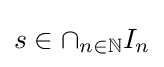
s\in \cap _{n\in \mathbb {N} }I_{n}